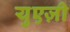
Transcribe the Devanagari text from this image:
युएज़ी